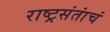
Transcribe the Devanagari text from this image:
राष्ट्रसंतांचं